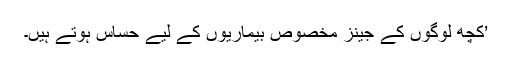
’کچھ لوگوں کے جینز مخصوص بیماریوں کے لیے حساس ہوتے ہیں۔